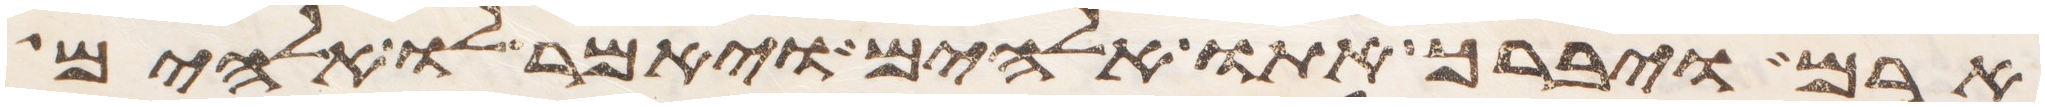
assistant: ארם ויברך אתו אלהים ויאמר לו אלהים